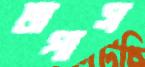
তাপাস